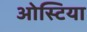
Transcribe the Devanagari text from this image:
ओस्टिया